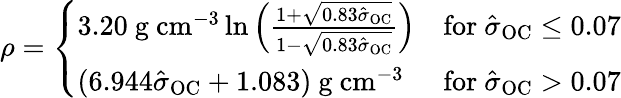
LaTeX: \rho={\left\{ \begin{array}{ll}{3.20{\mathrm{~g~cm}}^{-3}\ln\left({\frac{1+{\sqrt{0.83{\hat{\sigma}}_{\mathrm{OC}}}}}{1-{\sqrt{0.83{\hat{\sigma}}_{\mathrm{OC}}}}}}\right)}&{{\mathrm{for~}}{\hat{\sigma}}_{\mathrm{OC}}\leq 0.07}\\ {(6.944{\hat{\sigma}}_{\mathrm{OC}}+1.083){\mathrm{~g~cm}}^{-3}}&{{\mathrm{for~}}{\hat{\sigma}}_{\mathrm{OC}}>0.07}\end{array}\right.}